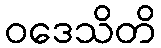
ဝဒေသိတိ